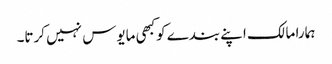
ہمارا مالک اپنے بندے کوکبھی مایوس نہیں کرتا۔